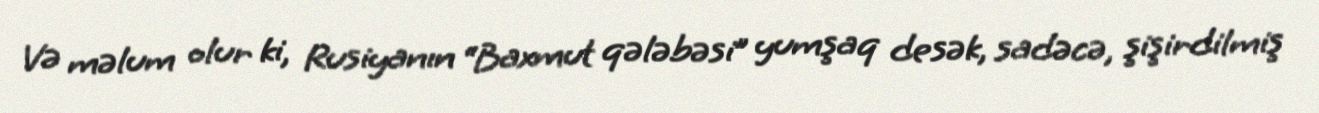
Və məlum olur ki, Rusiyanın “Baxmut qələbəsi” yumşaq desək, sadəcə, şişirdilmiş